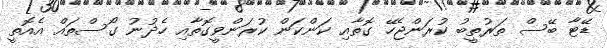
ޑޭޓާ ބޭސް ތަރުތީބު ކުރަންޖެހޭ ގޮތާއި ކަންކަން ކުރަންވީގޮތާއި ހެދުނު ގޯސްތައް އެއޮތީ